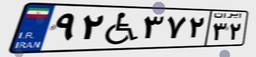
۹۲W۳۷۲۳۲